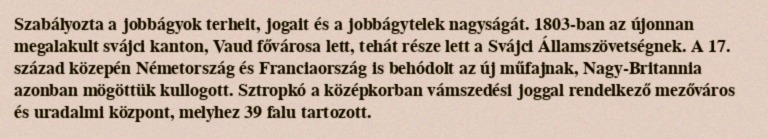
Szabályozta a jobbágyok terheit, jogait és a jobbágytelek nagyságát. 1803-ban az újonnan megalakult svájci kanton, Vaud fővárosa lett, tehát része lett a Svájci Államszövetségnek. A 17. század közepén Németország és Franciaország is behódolt az új műfajnak, Nagy-Britannia azonban mögöttük kullogott. Sztropkó a középkorban vámszedési joggal rendelkező mezőváros és uradalmi központ, melyhez 39 falu tartozott.